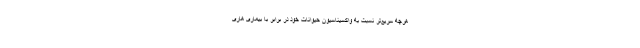
هرچه سریع‌تر نسبت به واکسیناسیون حیوانات خود در برابر با بیماری هاری